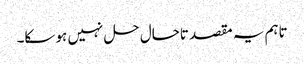
تاہم یہ مقصد تاحال حل نہیں ہو سکا۔